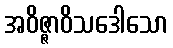
အဝိဇ္ဇာဝိသဒေါသော